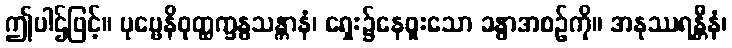
ဤပါဌ်ဖြင့်။ ပုဗ္ဗေနိဝုတ္ထက္ခန္ဓသန္တာနံ၊ ရှေး၌နေဖူးသော ခန္ဓာအစဉ်ကို။ အနုဿရန္တီနံ၊